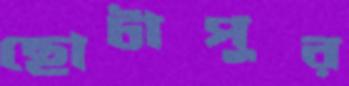
ছোটাপুর